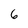
Character: 6